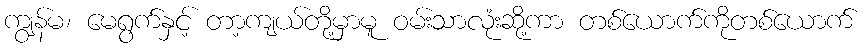
ကျွန်မ၊ မေရွက်နှင့် တာ့ကျယ်တို့မှာမူ ဝမ်းသာလုံးဆို့ကာ တစ်ယောက်ကိုတစ်ယောက်